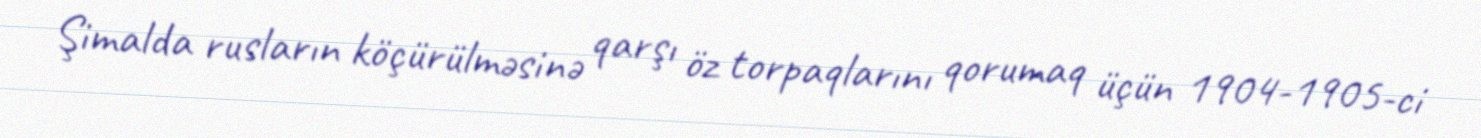
Şimalda rusların köçürülməsinə qarşı öz torpaqlarını qorumaq üçün 1904-1905-ci